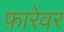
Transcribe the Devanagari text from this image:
फ़ारेवर